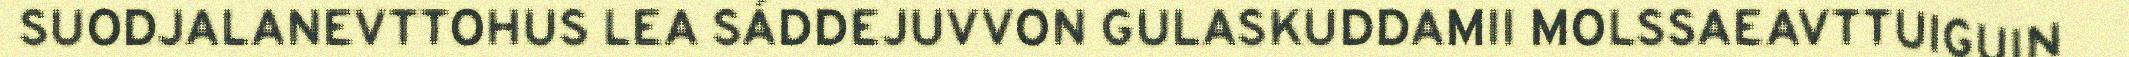
SUODJALANEVTTOHUS LEA SÁDDEJUVVON GULASKUDDAMII MOLSSAEAVTTUIGUIN